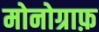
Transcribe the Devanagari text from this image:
मोनोग्राफ़